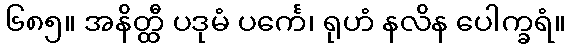
၆၈၅။ အနိတ္ထီ ပဒုမံ ပင်္ကေ၊ ရုဟံ နလိန ပေါက္ခရံ။